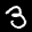
Label: 3